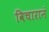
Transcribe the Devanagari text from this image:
विचारानं